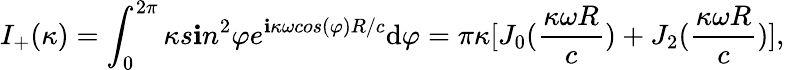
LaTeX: I_{+}(\kappa)=\int_{0}^{2\pi}{\kappa}s\mathbf{i}n^{2}{\varphi}e^{\mathbf{i}\kappa\omega{cos(\varphi)}R/c}\mathrm{d}{\varphi}=\pi{\kappa}[J_{0}(\frac{{\kappa\omega{R}}}{{c}})+J_{2}(\frac{{\kappa\omega{R}}}{{c}})],